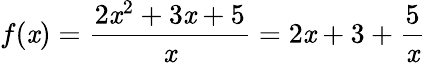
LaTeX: f(\mathit{x})={\frac{{2\mathit{x}^{2}+3\mathit{x}+5}}{{\mathit{x}}}}=2\mathit{x}+3+{\frac{{5}}{{\mathit{x}}}}